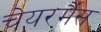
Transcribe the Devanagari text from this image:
चेयरर्मैंस